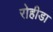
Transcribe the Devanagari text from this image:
रोहीडा